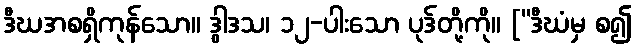
ဒီဃအစရှိကုန်သော။ ဒွါဒသ၊ ၁၂-ပါးသော ပုဒ်တို့ကို။ [“ဒီဃံမှ စ၍